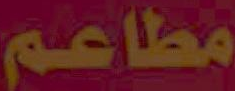
مطاعم